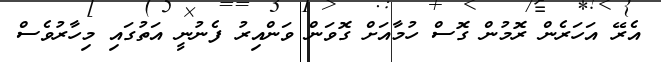
އެރޭ އަހަރެން ރޮމުން ގޮސް ހުމާއަށް ގޮވަން ވަންއިރު ފެނުނީ އަތުގައި މިހާރުވެސް